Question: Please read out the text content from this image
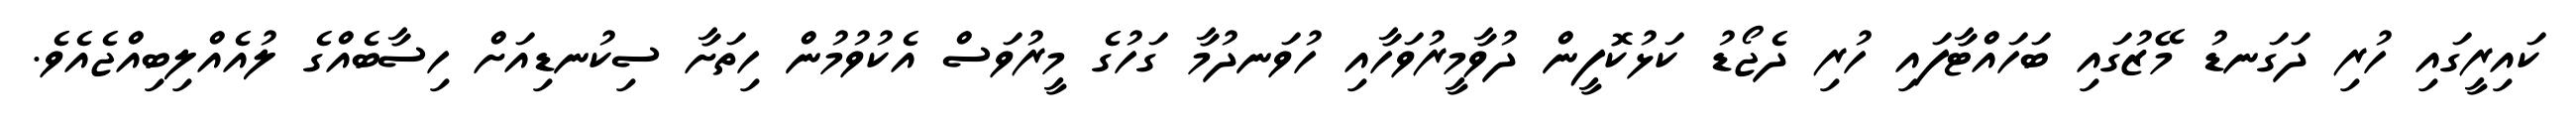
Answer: ކައިރީގައި ހުރި ދަގަނޑު މޭޒުގައި ބަހައްޓާފައި ހުރި ދެޖޯޑު ކަޅުކޮފީން ދުވާމީރުވަހާއި ހުވަނދުމާ ގަހުގެ މީރުވަސް އެކުވުމުން ހިތަށާ ސިކުނޑިއަށް ހިސާބެއްގެ ލުއެއްލިބިއްޖެއެވެ.